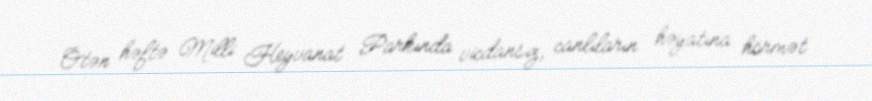
Ötən həftə Milli Heyvanat Parkında vicdansız, canlıların həyatına hörmət